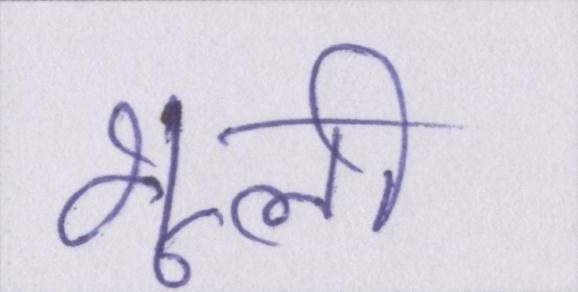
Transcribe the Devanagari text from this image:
भूली